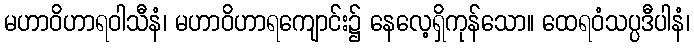
မဟာဝိဟာရဝါသီနံ၊ မဟာဝိဟာရကျောင်း၌ နေလေ့ရှိကုန်သော။ ထေရဝံသပ္ပဒီပါနံ၊